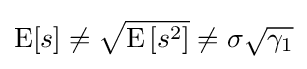
{\rm {E}}[s]\neq {\sqrt {{\rm {E}}\left[s^{2}\right]}}\neq \sigma {\sqrt {\gamma _{1}}}